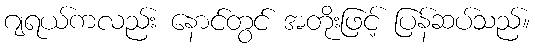
ဂျရယ်ကလည်း နောင်တွင် အတိုးဖြင့် ပြန်ဆပ်သည်။